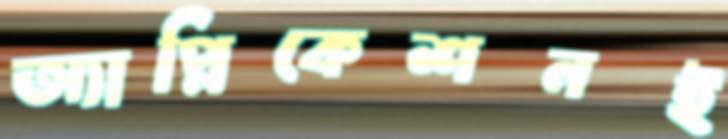
অ্যাপ্লিকেশনই